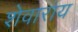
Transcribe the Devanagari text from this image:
शेवाराय